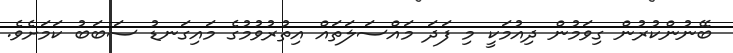
ބޭނުންކުރުން ގިވަމުން ދިއުމަކީ މި ފަދަ މައްސަލަތައް އިތުރުވުމުގެ މައިގަނޑު ސަބަބު ކަމަށެވެ.